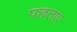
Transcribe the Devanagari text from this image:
पछताए